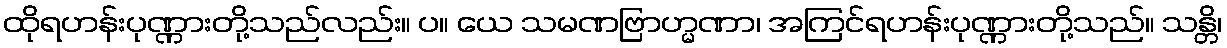
ထိုရဟန်းပုဏ္ဏားတို့သည်လည်း။ ပ။ ယေ သမဏဗြာဟ္မဏာ၊ အကြင်ရဟန်းပုဏ္ဏားတို့သည်။ သန္တိ၊